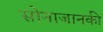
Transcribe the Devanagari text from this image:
सोनाजानकी